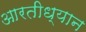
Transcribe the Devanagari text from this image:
आरतीध्यान